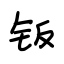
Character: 钣